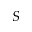
S